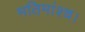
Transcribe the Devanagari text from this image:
मतिमांश्च।